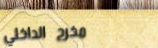
مخرج الداخلي